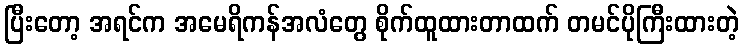
ပြီးတော့ အရင်က အမေရိကန်အလံတွေ စိုက်ထူထားတာထက် တမင်ပိုကြီးထားတဲ့